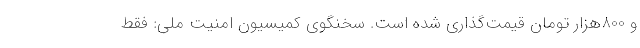
و 800هزار تومان قیمت‌گذاری شده است. سخنگوی کمیسیون امنیت ملی: فقط